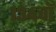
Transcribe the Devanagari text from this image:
१३४वॉ